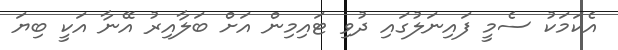
އެކަމަކު ސެމީ ފައިނަލުގައި ދުވި ޓައިމިން އަށް ބަލާއިރު އޭނާ އަކީ ބިޔަ